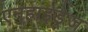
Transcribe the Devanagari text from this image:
एनहाइड्रेज